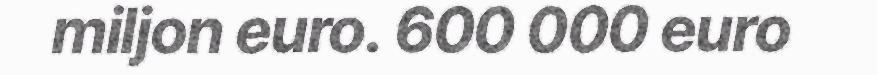
miljon euro. 600 000 euro